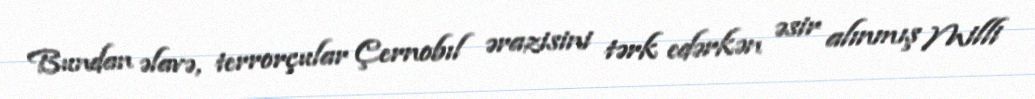
Bundan əlavə, terrorçular Çernobıl ərazisini tərk edərkən əsir alınmış Milli